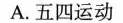
A.五四运动